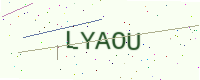
Text: LYAOU